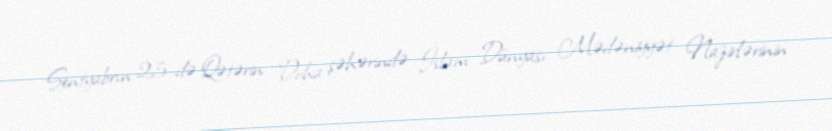
Sentyabrın 25-də Qətərin Doha şəhərində İslam Dünyası Mədəniyyət Nazirlərinin